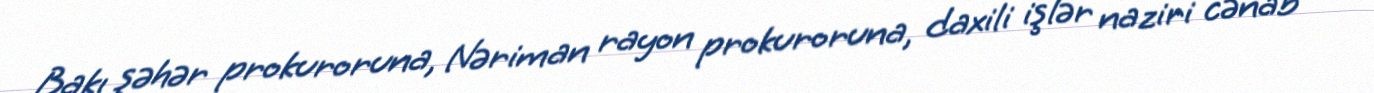
Bakı şəhər prokuroruna, Nəriman rayon prokuroruna, daxili işlər naziri cənab